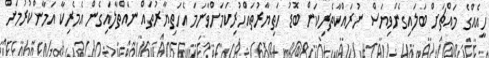
ހީއެއްގެ މައްޗަށް ބަލައިގެންވިޔަސް ނުރައްކާތެރިކަން ބޮޑު ހަތިޔާރުތައްހުރިކަމަށްވާނަމަ އެހަތިޔާރުތައް ނައްތާލައިގެން އެމެރިކާ އަމާންކުރުމަށް